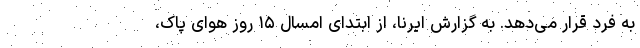
به فرد قرار می‌دهد. به گزارش ایرنا، از ابتدای امسال ۱۵ روز هوای پاک،